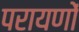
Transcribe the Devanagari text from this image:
परायणों